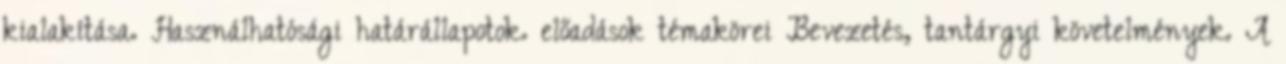
kialakítása. Használhatósági határállapotok. előadások témakörei Bevezetés, tantárgyi követelmények. A